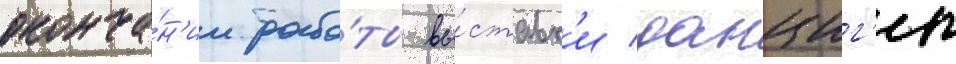
оконча́н'ии рабо́ты вы́ставк'и данциг'ер